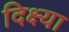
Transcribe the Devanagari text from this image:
दिक्ष्या